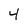
Character: 4